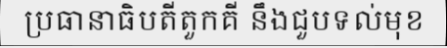
ប្រធានាធិបតីតួកគី នឹងជួបទល់មុខ